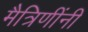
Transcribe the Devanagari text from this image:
मैत्रिणींनी